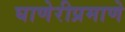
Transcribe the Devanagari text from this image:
घाणेरीप्रमाणे